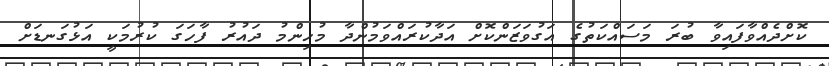
ކޮށްދެއްވާފައިވާ ބުރަ މަސައްކަތުގެ އަގުވަޒަންކޮށް އަދާކުރައްވަމުންދާ މުހިންމު ދައުރު ފާހަގަ ކުރުމަކީ އަޅުގަނޑަށް